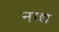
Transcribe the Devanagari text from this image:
नाद्य